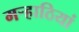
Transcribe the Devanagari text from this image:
मऱ्हाठियां